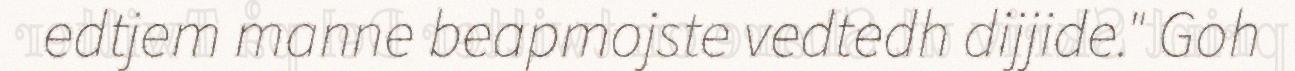
edtjem manne beapmojste vedtedh dijjide." Goh